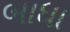
બાધા